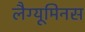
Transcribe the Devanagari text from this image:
लैग्यूमिनस